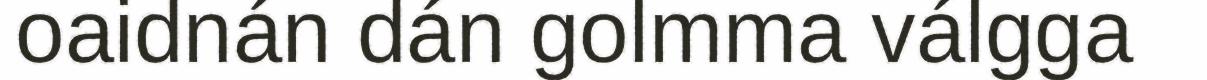
oaidnán dán golmma válgga